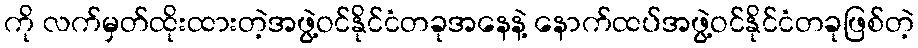
ကို လက်မှတ်ထိုးထားတဲ့အဖွဲ့ဝင်နိုင်ငံတခုအနေနဲ့ နောက်ထပ်အဖွဲ့ဝင်နိုင်ငံတခုဖြစ်တဲ့